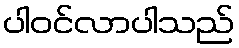
ပါဝင်လာပါသည်